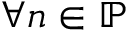
\forall n \in \mathbb { P }